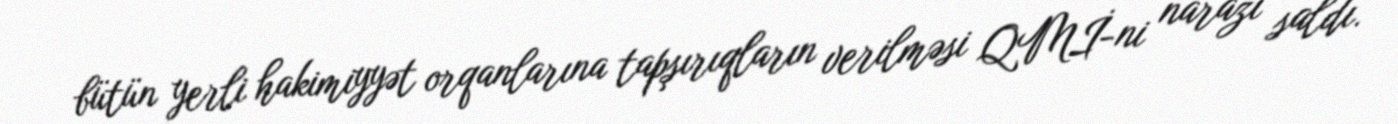
bütün yerli hakimiyyət orqanlarına tapşırıqların verilməsi QMİ-ni narazı saldı.